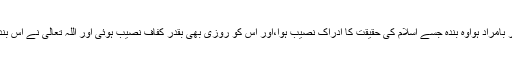
ایک حدیث میں ارشاد ہے’’کامیاب اور بامراد ہواوہ بندہ جسے اسلام کی حقیقت کا ادراک نصیب ہوا،اور اس کو روزی بھی بقدر کفاف نصیب ہوئی اور اللہ تعالیٰ نے اس بندے کواسی روزی پر قانع بھی بنادیا‘‘۔